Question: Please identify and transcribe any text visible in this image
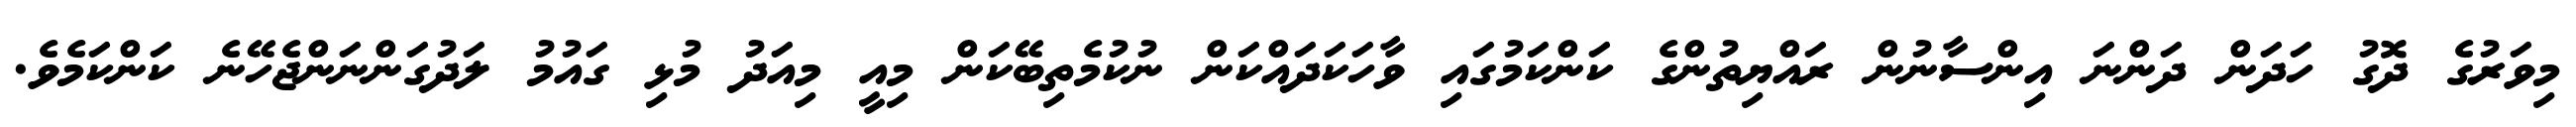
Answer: މިވަރުގެ ދޮގު ހަދަން ދަންނަ އިންސާނުން ރައްޔިތުންގެ ކަންކަމުގައި ވާހަކަދައްކަން ނުކުމެތިބޭކަން މިއީ މިއަދު މުޅި ގައުމު ލަދުގަންނަންޖެހޭނެ ކަންކަމެވެ.